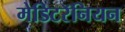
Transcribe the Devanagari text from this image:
मेडिटरॅनियन